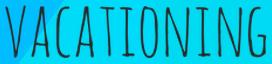
VACATIONING